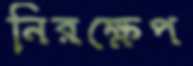
নিরক্ষেপ